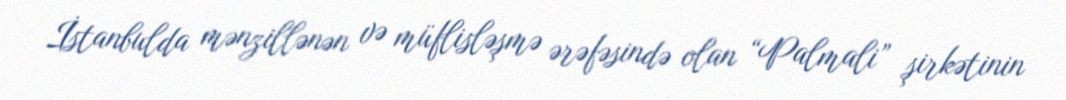
İstanbulda mənzillənən və müflisləşmə ərəfəsində olan “Palmali” şirkətinin